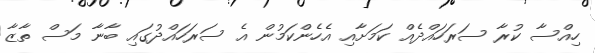
ހިއްސާ ކުރާ ސަރަހައްދެއް ކަމަށާއި އެހެންކަމުން އެ ސަރަހައްދުގައި ބާނާ މަސް ތާޒާ